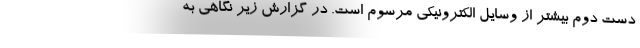
دست دوم بیشتر از وسایل الکترونیکی مرسوم است. در گزارش زیر نگاهی به